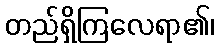
တည်ရှိကြလေရာ၏၊